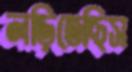
লড়িতেছিস